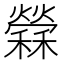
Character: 𥣻